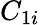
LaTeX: C_{1i}